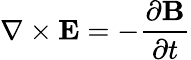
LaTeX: \nabla\times\mathbf{E}=-{\frac{\partial\mathbf{B}}{\partial t}}